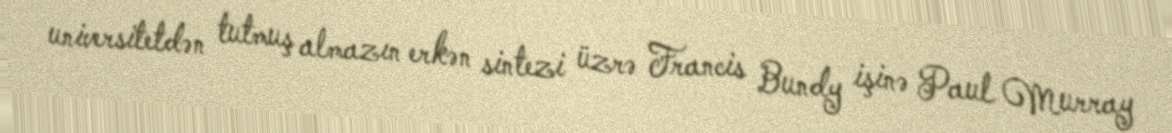
universitetdən tutmuş almazın erkən sintezi üzrə Francis Bundy işinə Paul Murray